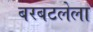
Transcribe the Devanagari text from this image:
बरबटलेला